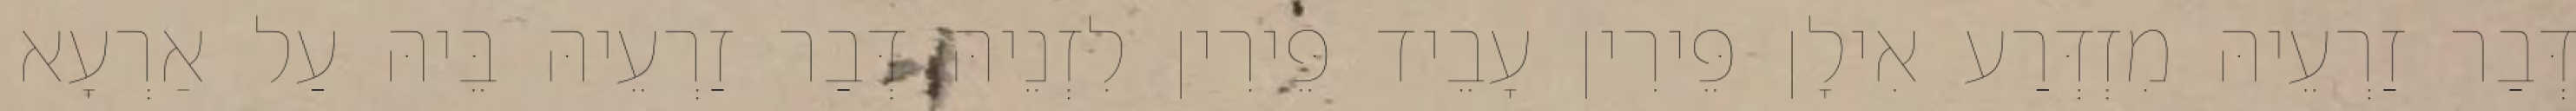
דְּבַר זַרְעֵיהּ מִזְדְּרַע אִילָן פֵּירִין עָבֵיד פֵּירִין לִזְנֵיהּ דְּבַר זַרְעֵיהּ בֵּיהּ עַל אַרְעָא